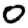
Digit: 0